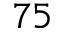
7 5